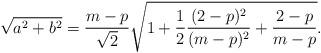
LaTeX: \begin{align*}\sqrt{a^2+b^2}&=\frac{m-p}{\sqrt{2}}\sqrt{1+\frac{1}{2}\frac{(2-p)^2}{(m-p)^2}+\frac{2-p}{m-p}}.\end{align*}